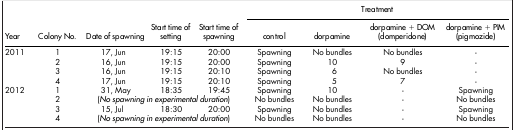
|  |  |  |  |  | <COLSPAN=4> Treatment |
 | Year | Colony No. | Date of spawning | Start time of setting | Start time of spawning | control | dorpamine | dorpamine + DOM (domperidone) | dorpamine + PIM (pigmozide) |
 | --- | --- | --- | --- | --- | --- | --- | --- | --- |
 | 2011 | 1 | 17, Jun | 19:15 | 20:00 | Spawning | No bundles | No bundles | - |
 |  | 2 | 16, Jun | 19:15 | 20:00 | Spawning | 10 | 9 | - |
 |  | 3 | 16, Jun | 19:15 | 20:10 | Spawning | 6 | No bundles | - |
 |  | 4 | 17, Jun | 19:15 | 20:10 | Spawning | 5 | 7 | - |
 | 2012 | 1 | 31, May | 18:35 | 19:45 | Spawning | 10 | - | Spawning |
 |  | 2 | <COLSPAN=3> (No spawning in experimental duration) | No bundles | No bundles | - | No bundles |
 |  | 3 | 15, Jul | 18:30 | 20:00 | Spawning | No bundles | - | Spawning |
 |  | 4 | <COLSPAN=3> (No spawning in experimental duration) | No bundles | No bundles | - | No bundles |